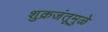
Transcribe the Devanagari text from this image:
शुक्रजंतूमुळे